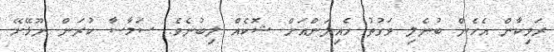
ރަވިކާން އެހެން ބުނެލި ވަގުތު ހެއިލަންއަށް ޝޮކެއް ލިބުނެވެ. ސަމާސާ ކުރަން ނޫޅޭށޭ